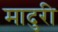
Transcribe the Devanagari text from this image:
मादुरी